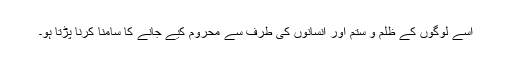
اسے لوگوں کے ظلم و ستم اور انسانوں کی طرف سے محروم کیے جانے کا سامنا کرنا پڑتا ہو۔